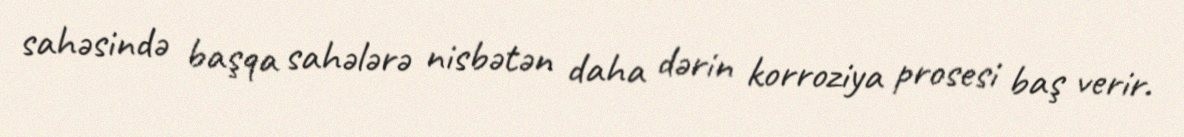
sahəsində başqa sahələrə nisbətən daha dərin korroziya prosesi baş verir.